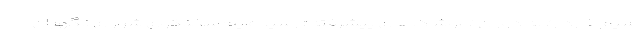
سیم خاردار» به دوران «موشک‌های پیشرفته» رسیده‌ایم سخنگوی شورای نگهبان